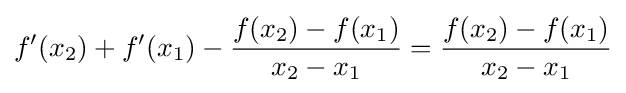
f'(x_{2})+f'(x_{1})-{\frac {f(x_{2})-f(x_{1})}{x_{2}-x_{1}}}={\frac {f(x_{2})-f(x_{1})}{x_{2}-x_{1}}}